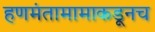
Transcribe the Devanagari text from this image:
हणमंतामामाकडूनच